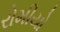
રોમીયો